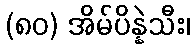
(၈၀) အိမ်ပိန္နဲသီး၊